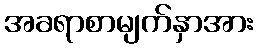
အခရာစာမျက်နှာအား